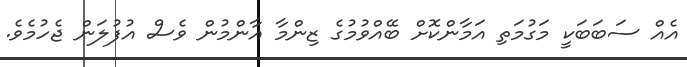
އެއް ސަބަބަކީ މަގުމަތި އަމާންކޮށް ބޭއްވުމުގެ ޒިންމާ އާންމުން ވެސް އުފުލަން ޖެހުމެވެ.